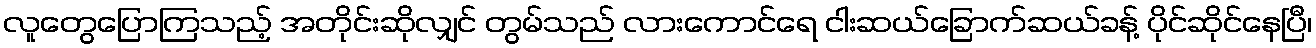
လူတွေပြောကြသည့် အတိုင်းဆိုလျှင် တွမ်သည် လားကောင်ရေ ငါးဆယ်ခြောက်ဆယ်ခန့် ပိုင်ဆိုင်နေပြီ၊